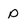
Character: p